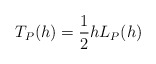
\begin{align*} \begin{aligned} T_P(h)=\frac{1}{2}hL_P(h) \end{aligned} \end{align*}